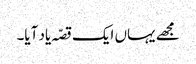
مجھے یہاں ایک قصّہ یاد آیا۔